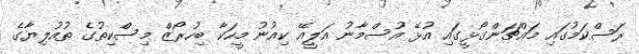
ރަސްކަމުގައި މައްޗަންގޯޅީގައި އުޅޭ އުސްމާނު އަލީއޭ ކިއުނު މީހަކާ ބިހުރޯޒް މިސްކިތުގެ ތުއުލިޔާގެ